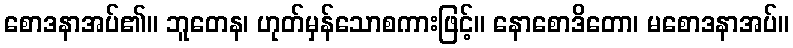
စောဒနာအပ်၏။ ဘူတေန၊ ဟုတ်မှန်သောစကားဖြင့်။ နောစောဒိတော၊ မစောဒနာအပ်။